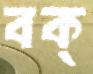
বক্